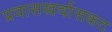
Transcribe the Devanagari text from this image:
प्रवासखर्चासकट